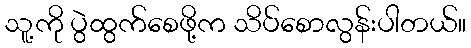
သူ့ကို ပွဲထွက်စေဖို့က သိပ်စောလွန်းပါတယ်။